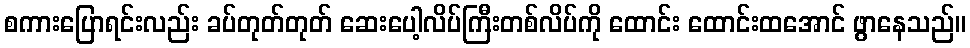
စကားပြောရင်းလည်း ခပ်တုတ်တုတ် ဆေးပေါ့လိပ်ကြီးတစ်လိပ်ကို ထောင်း ထောင်းထအောင် ဖွာနေသည်။